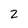
Character: 2